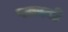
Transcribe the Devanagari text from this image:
प्लानची